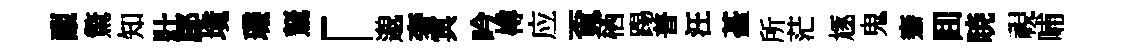
覼驚知壯郿境璣駑「邈奢冥吟樽应覔栖踢普汪䑓所茫豗鬼騫囬暁視晡